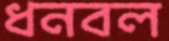
ধনবল